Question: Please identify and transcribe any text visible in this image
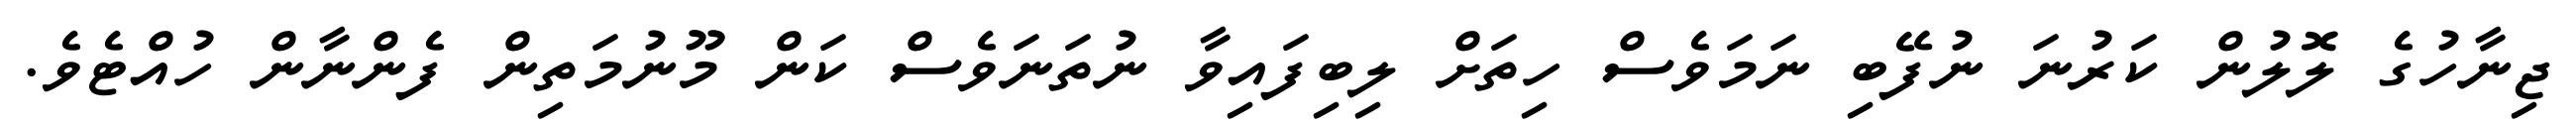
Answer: ޖިނާހުގެ ލޮލުން ކަރުނަ ނުފޭބި ނަމަވެސް ހިތަށް ލިބިފައިވާ ނުތަނަވެސް ކަން މޫނުމަތިން ފެންނާން ހުއްޓެވެ.